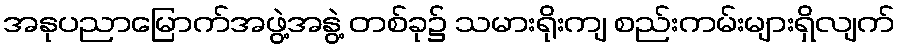
အနုပညာမြောက်အဖွဲ့အနွဲ့ တစ်ခု၌ သမားရိုးကျ စည်းကမ်းများရှိလျက်